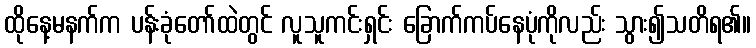
ထိုနေ့မနက်က ပန်းခုံတော်ထဲတွင် လူသူကင်းရှင်း ခြောက်ကပ်နေပုံကိုလည်း သွား၍သတိရ၏။